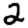
Digit: 2